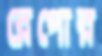
রেপোর